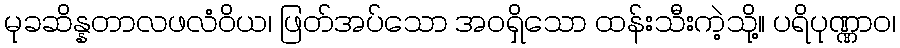
မုခဆိန္နတာလဖလံဝိယ၊ ဖြတ်အပ်သော အဝရှိသော ထန်းသီးကဲ့သို့။ ပရိပုဏ္ဏာဝ၊